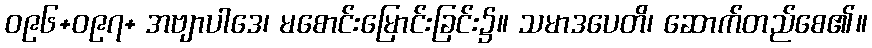
ဝ၉၆+ဝ၉၇+ အဗျာပါဒေ၊ မစောင်းမြောင်းခြင်း၌။ သမာဒပေတိ၊ ဆောက်တည်စေ၏။